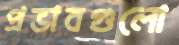
প্রভাবগুলো